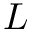
L